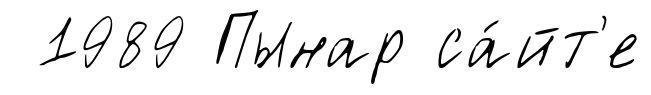
1989 Пынар са́йт'е